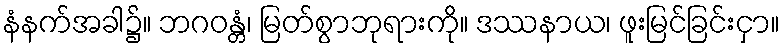
နံနက်အခါ၌။ ဘဂဝန္တံ၊ မြတ်စွာဘုရားကို။ ဒဿနာယ၊ ဖူးမြင်ခြင်းငှာ။